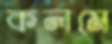
কলমে